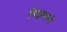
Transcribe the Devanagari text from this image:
विझवावी